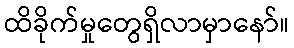
ထိခိုက်မှုတွေရှိလာမှာနော်။